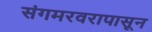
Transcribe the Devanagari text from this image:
संगमरवरापासून